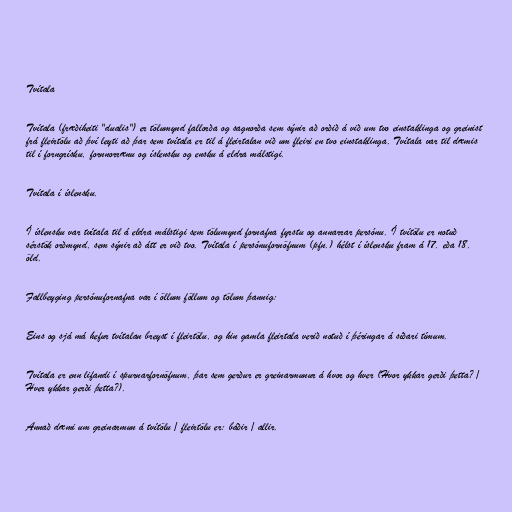
Tvítala

Tvítala (fræðiheiti "dualis") er tölumynd fallorða og sagnorða sem sýnir að orðið á við um tvo einstaklinga og greinist
frá fleirtölu að því leyti að þar sem tvítala er til á fleirtalan við um fleiri en tvo einstaklinga. Tvítala var til dæmis
til í forngrísku, fornnorrænu og íslensku og ensku á eldra málstigi.

Tvítala í íslensku.

Í íslensku var tvítala til á eldra málstigi sem tölumynd fornafna fyrstu og annarrar persónu. Í tvítölu er notuð
sérstök orðmynd, sem sýnir að átt er við tvo. Tvítala í persónufornöfnum (pfn.) hélst í íslensku fram á 17. eða 18.
öld.

Fallbeyging persónufornafna var í öllum föllum og tölum þannig:

Eins og sjá má hefur tvítalan breyst í fleirtölu, og hin gamla fleirtala verið notuð í þéringar á síðari tímum.

Tvítala er enn lifandi í spurnarfornöfnum, þar sem gerður er greinarmunur á hvor og hver (Hvor ykkar gerði þetta? /
Hver ykkar gerði þetta?).

Annað dæmi um greinarmun á tvítölu / fleirtölu er: báðir / allir.